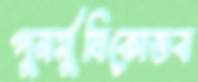
পুনর্মুষিকোভব